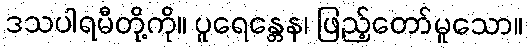
ဒသပါရမီတို့ကို။ ပူရေန္တေန၊ ဖြည့်တော်မူသော။